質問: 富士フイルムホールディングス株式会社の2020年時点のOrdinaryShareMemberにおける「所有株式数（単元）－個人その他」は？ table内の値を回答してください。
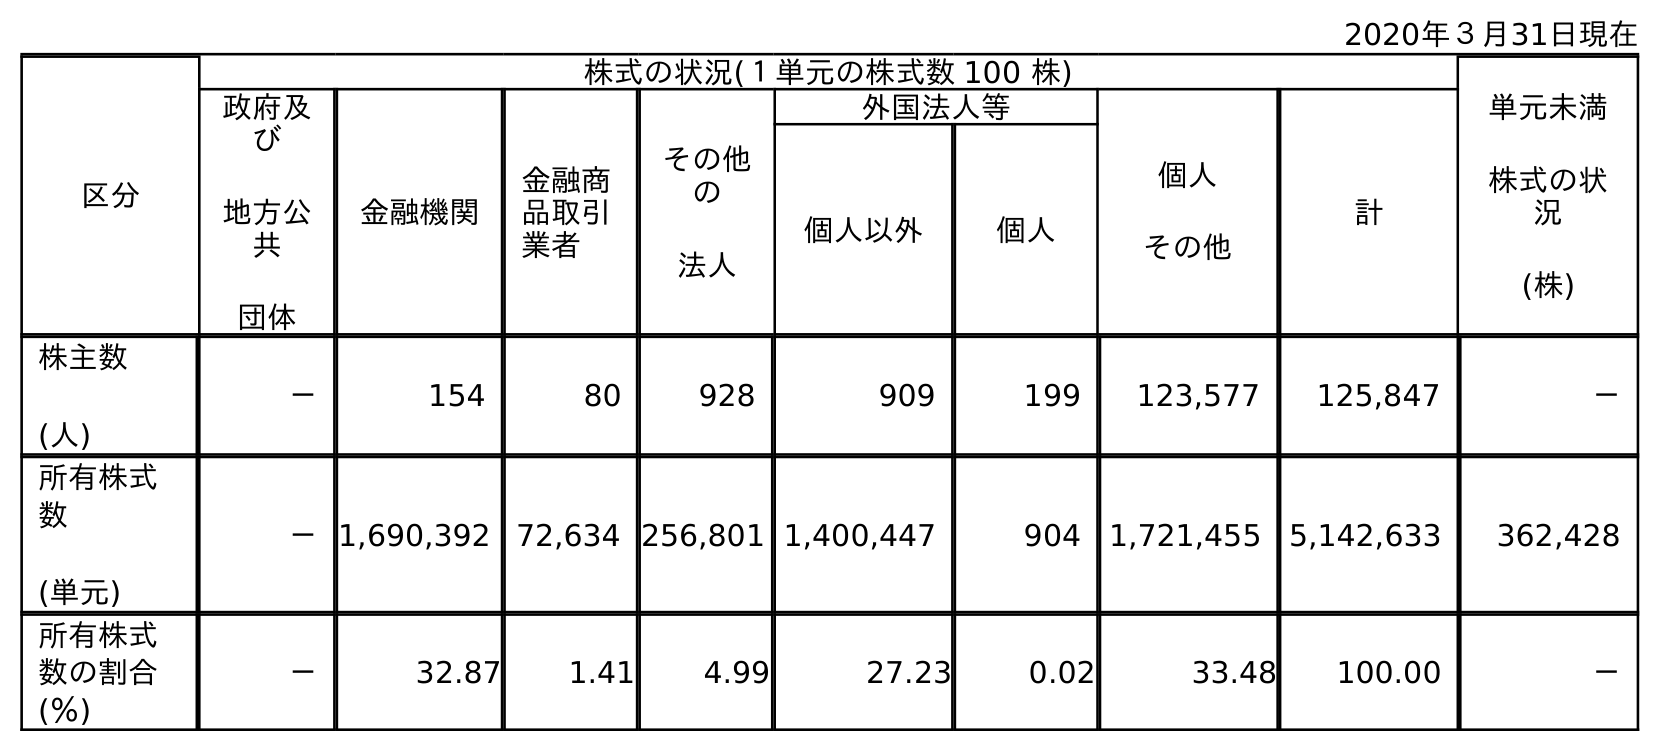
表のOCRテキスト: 2020年３月31日現在 区分 株式の状況(１単元の株式数 100 株) 単元未満 株式の状 況 (株) 政府及 び 地方公 共 団体 金融機関 金融商 品取引 業者 その他 の 法人 外国法人等 個人 その他 計 個人以外 個人 株主数 (人) － 154 80 928 909 199 123,577 125,847 － 所有株式 数 (単元) －1,690,392 72,634 256,801 1,400,447 904 1,721,455 5,142,633 362,428 所有株式 数の割合 (％) － 32.87 1.41 4.99 27.23 0.02 33.48 100.00 －
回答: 1,721,455